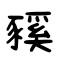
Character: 豯